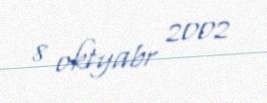
8 oktyabr 2002